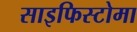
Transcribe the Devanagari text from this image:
साइफिस्टोमा